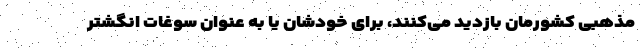
مذهبی کشورمان بازدید می‌کنند، برای خودشان یا به عنوان سوغات انگشتر